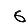
Digit: 6